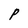
Character: P